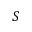
S